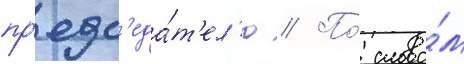
пр'едс'еда́т'ел'ю // По́ слова́м